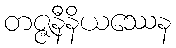
တဇ္ဇနီနိယဿေန